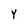
Character: Y